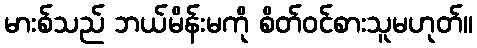
မားစ်သည် ဘယ်မိန်းမကို စိတ်ဝင်စားသူမဟုတ်။